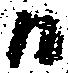
日